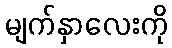
မျက်နှာလေးကို